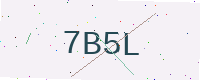
Text: 7B5L